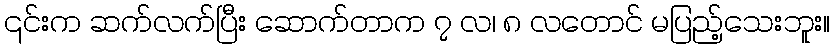
၎င်းက ဆက်လက်ပြီး ဆောက်တာက ၇ လ၊ ၈ လတောင် မပြည့်သေးဘူး။